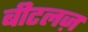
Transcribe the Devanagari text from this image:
बीटलज़